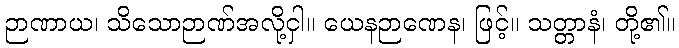
ဉာဏာယ၊ သိသောဉာဏ်အလို့ငှါ။ ယေနဉာဏေန၊ ဖြင့်။ သတ္တာနံ၊ တို့၏။